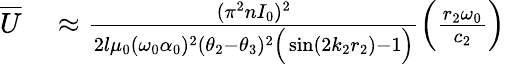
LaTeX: \begin{array}{rl}{\overline{{U}}}&{{}\approx\frac{(\pi^{2}nI_{0})^{2}}{2l\mu_{0}(\omega_{0}\alpha_{0})^{2}(\theta_{2}-\theta_{3})^{2}\Big(\sin(2k_{2}r_{2})-1\Big)}\Big(\frac{r_{2}\omega_{0}}{c_{2}}\Big)}\end{array}